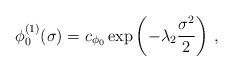
LaTeX: \begin{align*} \phi_0^{(1)}(\sigma) = c_{\phi_0} \exp\left( - \lambda_2 \frac{\sigma^2}{2} \right)\,,\end{align*}